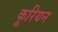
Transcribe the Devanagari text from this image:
कूरियन